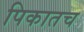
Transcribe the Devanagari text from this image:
पिकातच